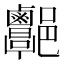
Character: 𨟩